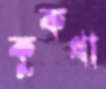
কুকথা